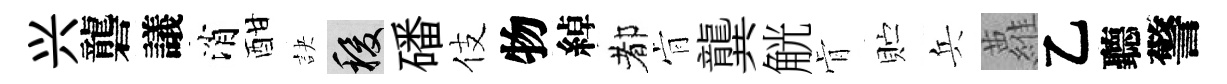
兴礱議消酣訣稷磻伎物綽都肻龔觥肻贮兵蘿乙聽警